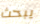
يبحث